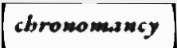
chronomancy